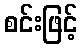
စင်းဖြင့်